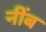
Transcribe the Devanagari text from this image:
नींब